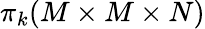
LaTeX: \pi_{k}(M\times M\times N)